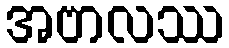
အဗာလဿ